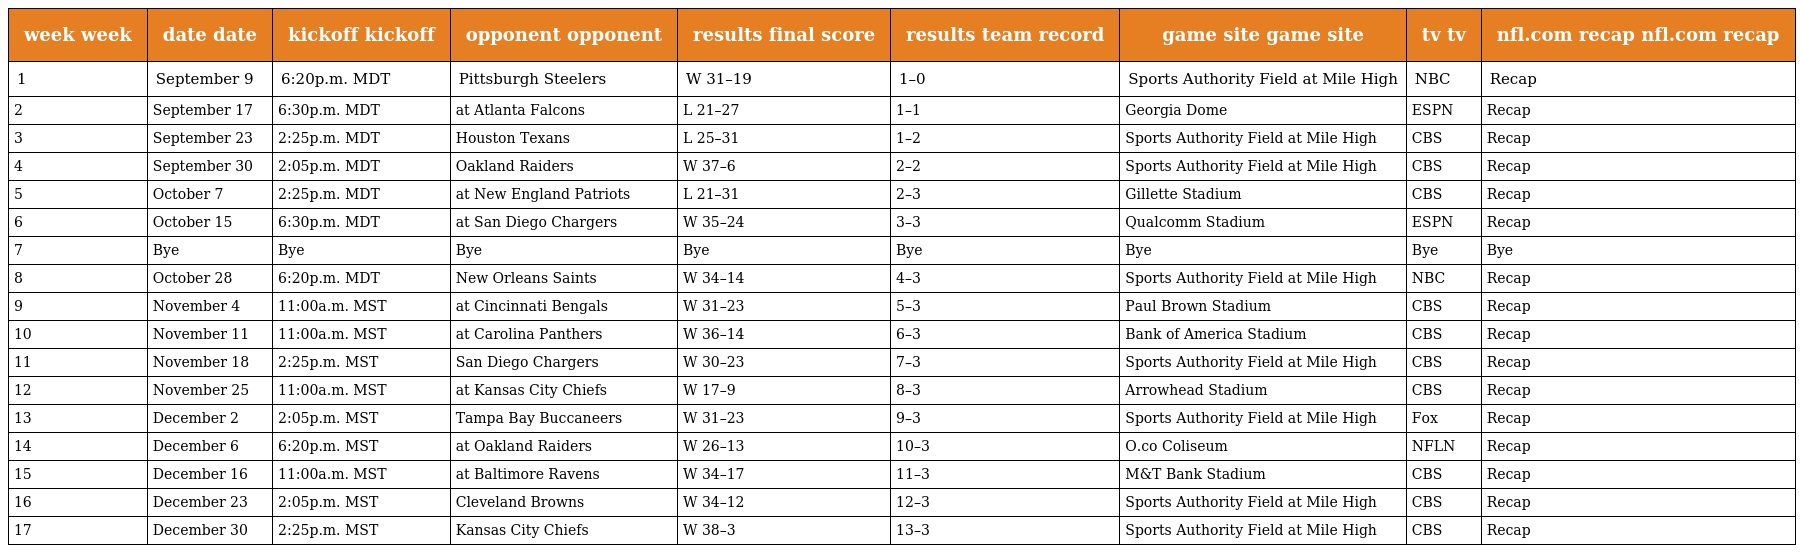
| week week | date date | kickoff kickoff | opponent opponent | results final score | results team record | game site game site | tv tv | nfl.com recap nfl.com recap |
 | --- | --- | --- | --- | --- | --- | --- | --- | --- |
 | 1 | September 9 | 6:20p.m. MDT | Pittsburgh Steelers | W 31–19 | 1–0 | Sports Authority Field at Mile High | NBC | Recap |
 | 2 | September 17 | 6:30p.m. MDT | at Atlanta Falcons | L 21–27 | 1–1 | Georgia Dome | ESPN | Recap |
 | 3 | September 23 | 2:25p.m. MDT | Houston Texans | L 25–31 | 1–2 | Sports Authority Field at Mile High | CBS | Recap |
 | 4 | September 30 | 2:05p.m. MDT | Oakland Raiders | W 37–6 | 2–2 | Sports Authority Field at Mile High | CBS | Recap |
 | 5 | October 7 | 2:25p.m. MDT | at New England Patriots | L 21–31 | 2–3 | Gillette Stadium | CBS | Recap |
 | 6 | October 15 | 6:30p.m. MDT | at San Diego Chargers | W 35–24 | 3–3 | Qualcomm Stadium | ESPN | Recap |
 | 7 | Bye | Bye | Bye | Bye | Bye | Bye | Bye | Bye |
 | 8 | October 28 | 6:20p.m. MDT | New Orleans Saints | W 34–14 | 4–3 | Sports Authority Field at Mile High | NBC | Recap |
 | 9 | November 4 | 11:00a.m. MST | at Cincinnati Bengals | W 31–23 | 5–3 | Paul Brown Stadium | CBS | Recap |
 | 10 | November 11 | 11:00a.m. MST | at Carolina Panthers | W 36–14 | 6–3 | Bank of America Stadium | CBS | Recap |
 | 11 | November 18 | 2:25p.m. MST | San Diego Chargers | W 30–23 | 7–3 | Sports Authority Field at Mile High | CBS | Recap |
 | 12 | November 25 | 11:00a.m. MST | at Kansas City Chiefs | W 17–9 | 8–3 | Arrowhead Stadium | CBS | Recap |
 | 13 | December 2 | 2:05p.m. MST | Tampa Bay Buccaneers | W 31–23 | 9–3 | Sports Authority Field at Mile High | Fox | Recap |
 | 14 | December 6 | 6:20p.m. MST | at Oakland Raiders | W 26–13 | 10–3 | O.co Coliseum | NFLN | Recap |
 | 15 | December 16 | 11:00a.m. MST | at Baltimore Ravens | W 34–17 | 11–3 | M&T Bank Stadium | CBS | Recap |
 | 16 | December 23 | 2:05p.m. MST | Cleveland Browns | W 34–12 | 12–3 | Sports Authority Field at Mile High | CBS | Recap |
 | 17 | December 30 | 2:25p.m. MST | Kansas City Chiefs | W 38–3 | 13–3 | Sports Authority Field at Mile High | CBS | Recap |